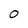
Character: 0